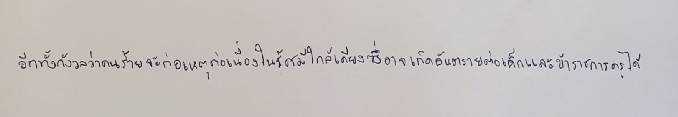
อีกทั้งกังวลว่าคนร้ายจะก่อเหตุต่อเนื่องในรัศมีใกล้เคียงซึ่งอาจเกิดอันตรายต่อเด็กและข้าราชการครูได้